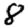
Digit: 8